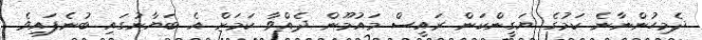
ދެމިހުންނާނެ ކަމުގެ ޔަގީންކަން ރައީސް މައުމޫން ދެއްވާ ކަމަށް އެ ބަޔާނުގައި ބުނެފައިވެ